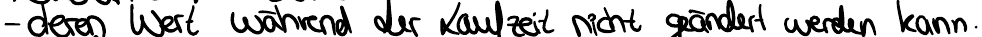
- deren Wert während der Laufzeit nicht geändert werden kann.